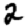
Digit: 2